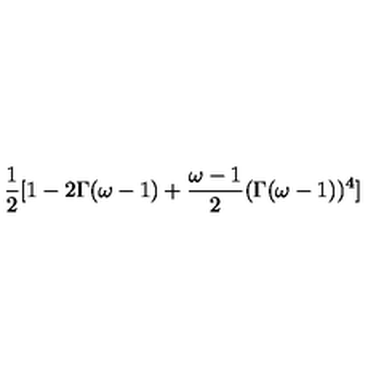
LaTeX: \frac { 1 } { 2 } [ 1 - 2 \Gamma ( \omega - 1 ) + \frac { \omega - 1 } { 2 } ( \Gamma ( \omega - 1 ) ) ^ { 4 } ]